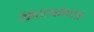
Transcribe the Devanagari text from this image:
कियार्कगार्ड